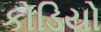
કોડિયો